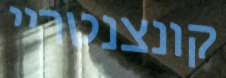
קונצנטריי